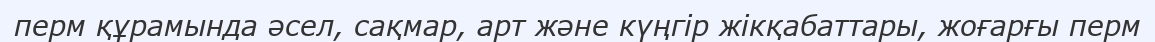
перм құрамында әсел, сақмар, арт және күңгір жікқабаттары, жоғарғы перм